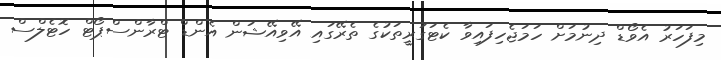
މިފަހަރު އެވޯޑް ދިނުމަށް ހަމަޖެހިފައިވާ ކެޓަގަރީތަކުގެ ތެރޭގައި އޭވިއޭޝަން އެންޑް ޓްރާންސްޕޯޓް ހޮޓެލްސް